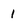
Character: 1